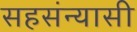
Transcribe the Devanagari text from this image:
सहसंन्यासी